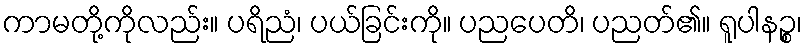
ကာမတို့ကိုလည်း။ ပရိညံ၊ ပယ်ခြင်းကို။ ပညပေတိ၊ ပညတ်၏။ ရူပါနဉ္စ၊